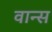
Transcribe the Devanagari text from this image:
वान्स